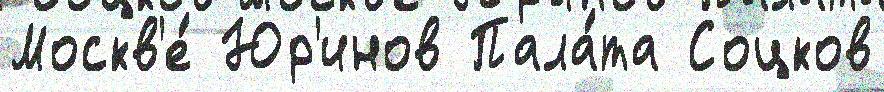
Москв'е́ Юр'инов Пала́та Соцков